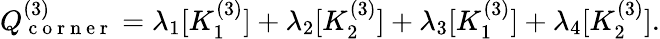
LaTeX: Q_{\mathrm{~c~o~r~n~e~r~}}^{(3)}=\lambda_{1}[K_{1}^{(3)}]+\lambda_{2}[K_{2}^{(3)}]+\lambda_{3}[K_{1}^{(3)}]+\lambda_{4}[K_{2}^{(3)}].